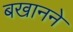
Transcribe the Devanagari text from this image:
बखानने